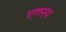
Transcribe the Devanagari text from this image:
एतस्य